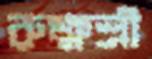
রুক্ষশ্রী